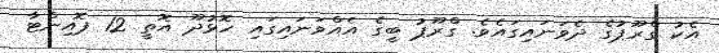
އެކު ގްރޫޕުގެ ދެވަނައިގައެވެ. ގްރޫޕު ބީގެ އެއްވަނައިގައި ހޮޅުދޫ އޮތީ 12 ޕޮއިންޓާ